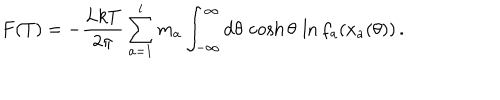
LaTeX: F ( T ) = - \frac { L k T } { 2 \pi } \sum _ { a = 1 } ^ { l } m _ { a } \int _ { - \infty } ^ { \infty } \mathrm { d } \theta \, \cosh \theta \, \ln f _ { a } ( x _ { a } ( \theta ) ) \, .